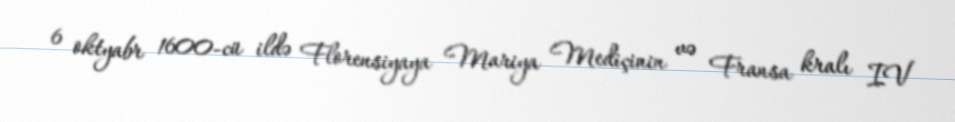
6 oktyabr 1600-cü ildə Florensiyaya Mariya Mediçinin və Fransa kralı IV